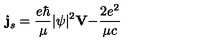
{ \bf j } _ { s } = \frac { e \hbar } \mu | \psi | ^ { 2 } { \bf V - } \frac { 2 e ^ { 2 } } { \mu c }